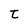
Character: t